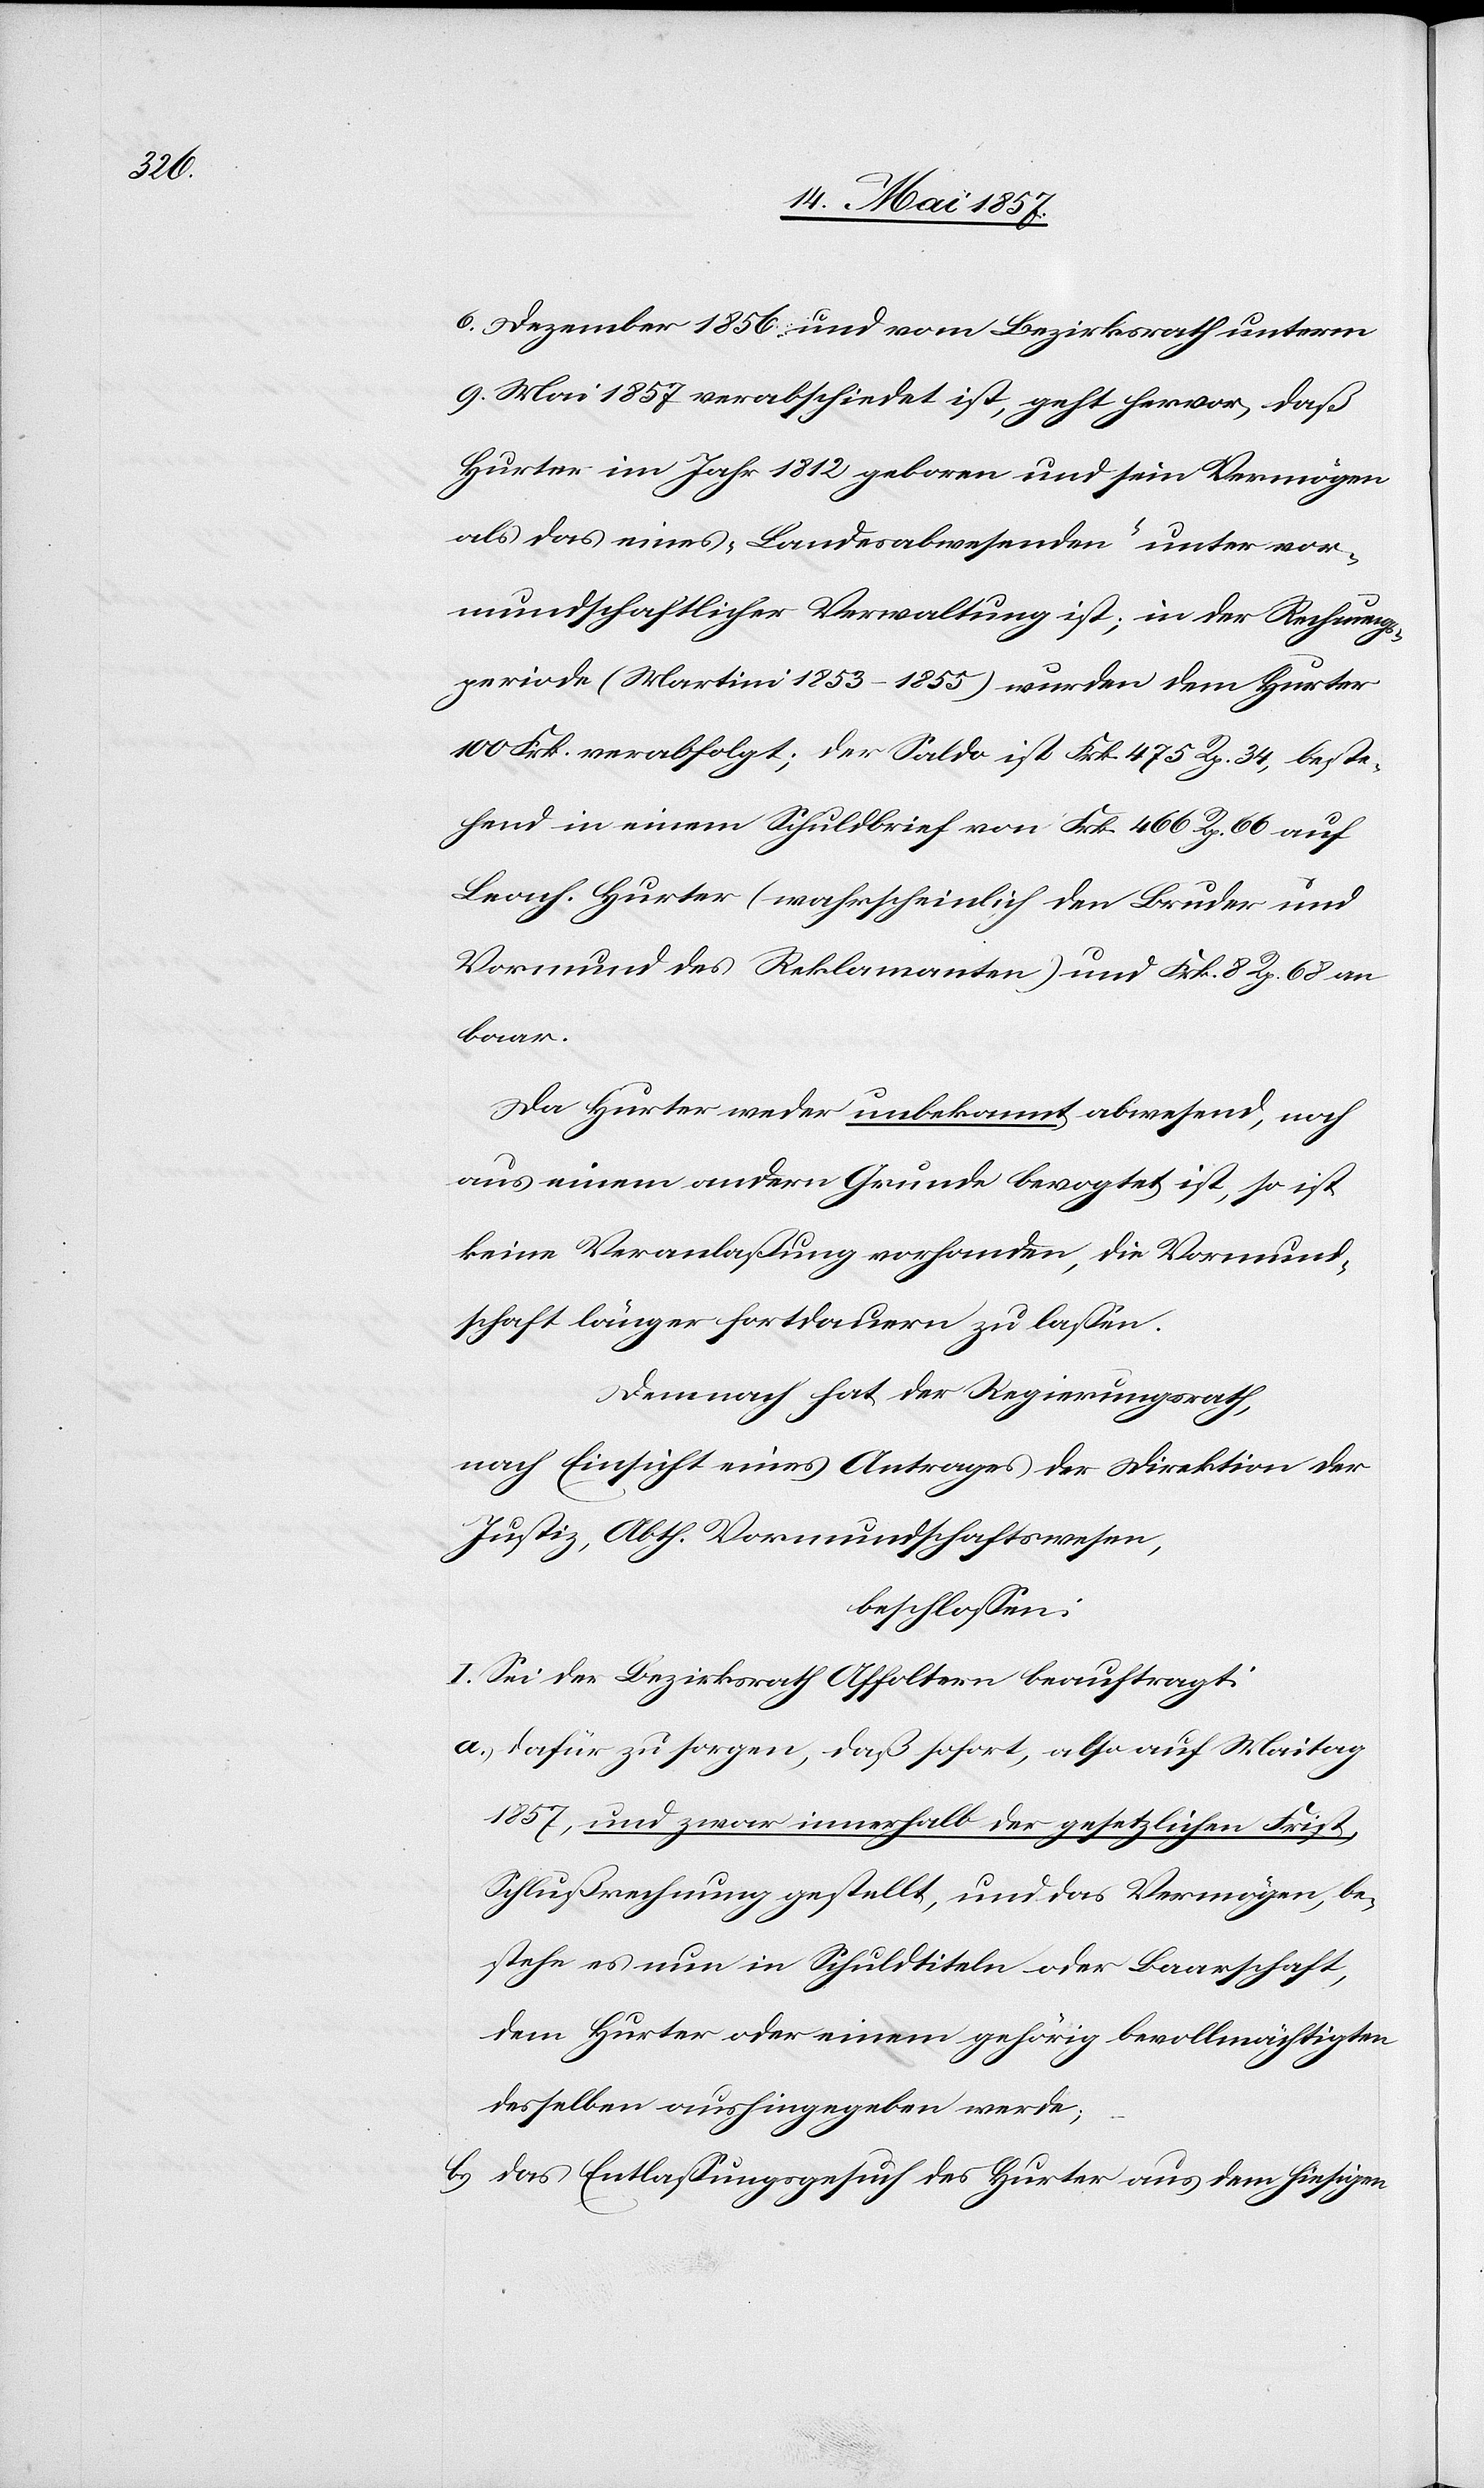
6 Dezember 1856 und vom Bezirksrath unterm
9 Mai 1857 verabschiedet ist, geht hervor, daß
Hurter im Jahr 1812 geboren und sein Vermögen
als das eines Landesabwesenden unter vor¬
mundschaftlicher Verwaltung ist, in der Rechnungs¬
periode (Martini 1853–1855) wurden dem Hurter
100 Frk. verabfolgt; der Saldo ist Frk. 475 Rp. 34, beste¬
hend in einem Schuldbrief von Frk. 466 Rp. 66 auf
Leonh. Hurter (wahrscheinlich den Bruder und
Vormund des Reklamanten) und Frk. 8 Rp. 68 an
baar.
Da Hurter weder unbekannt abwesend, noch
aus einem andern Grunde bevogtet ist, so ist
keine Veranlaßung vorhanden, die Vormund¬
schaft länger fortdauern zu lassen.
Demnach hat der Regierungsrath,
nach Einsicht eines Antrages der Direktion der
Justiz, Abth. Vormundschaftswesen,
beschlossen:
I. Sei der Bezirksrath Affoltern beauftragt:
a.) dafür zu sorgen, daß sofort, also auf Maitag
1857, und zwar innerhalb der gesetzlichen Frist,
Schlußrechnung gestellt, und das Vermögen, be¬
stehe es nun in Schuldtiteln oder Baarschaft,
dem Hurter oder einem gehörig bevollmächtigten
desselben aushingegeben werde,
b.) das Entlassungsgesuch des Hurter aus dem hiesigen